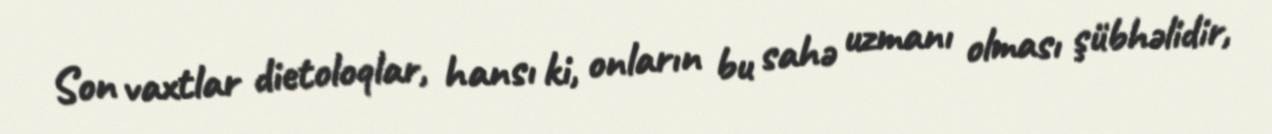
Son vaxtlar dietoloqlar, hansı ki, onların bu sahə uzmanı olması şübhəlidir,